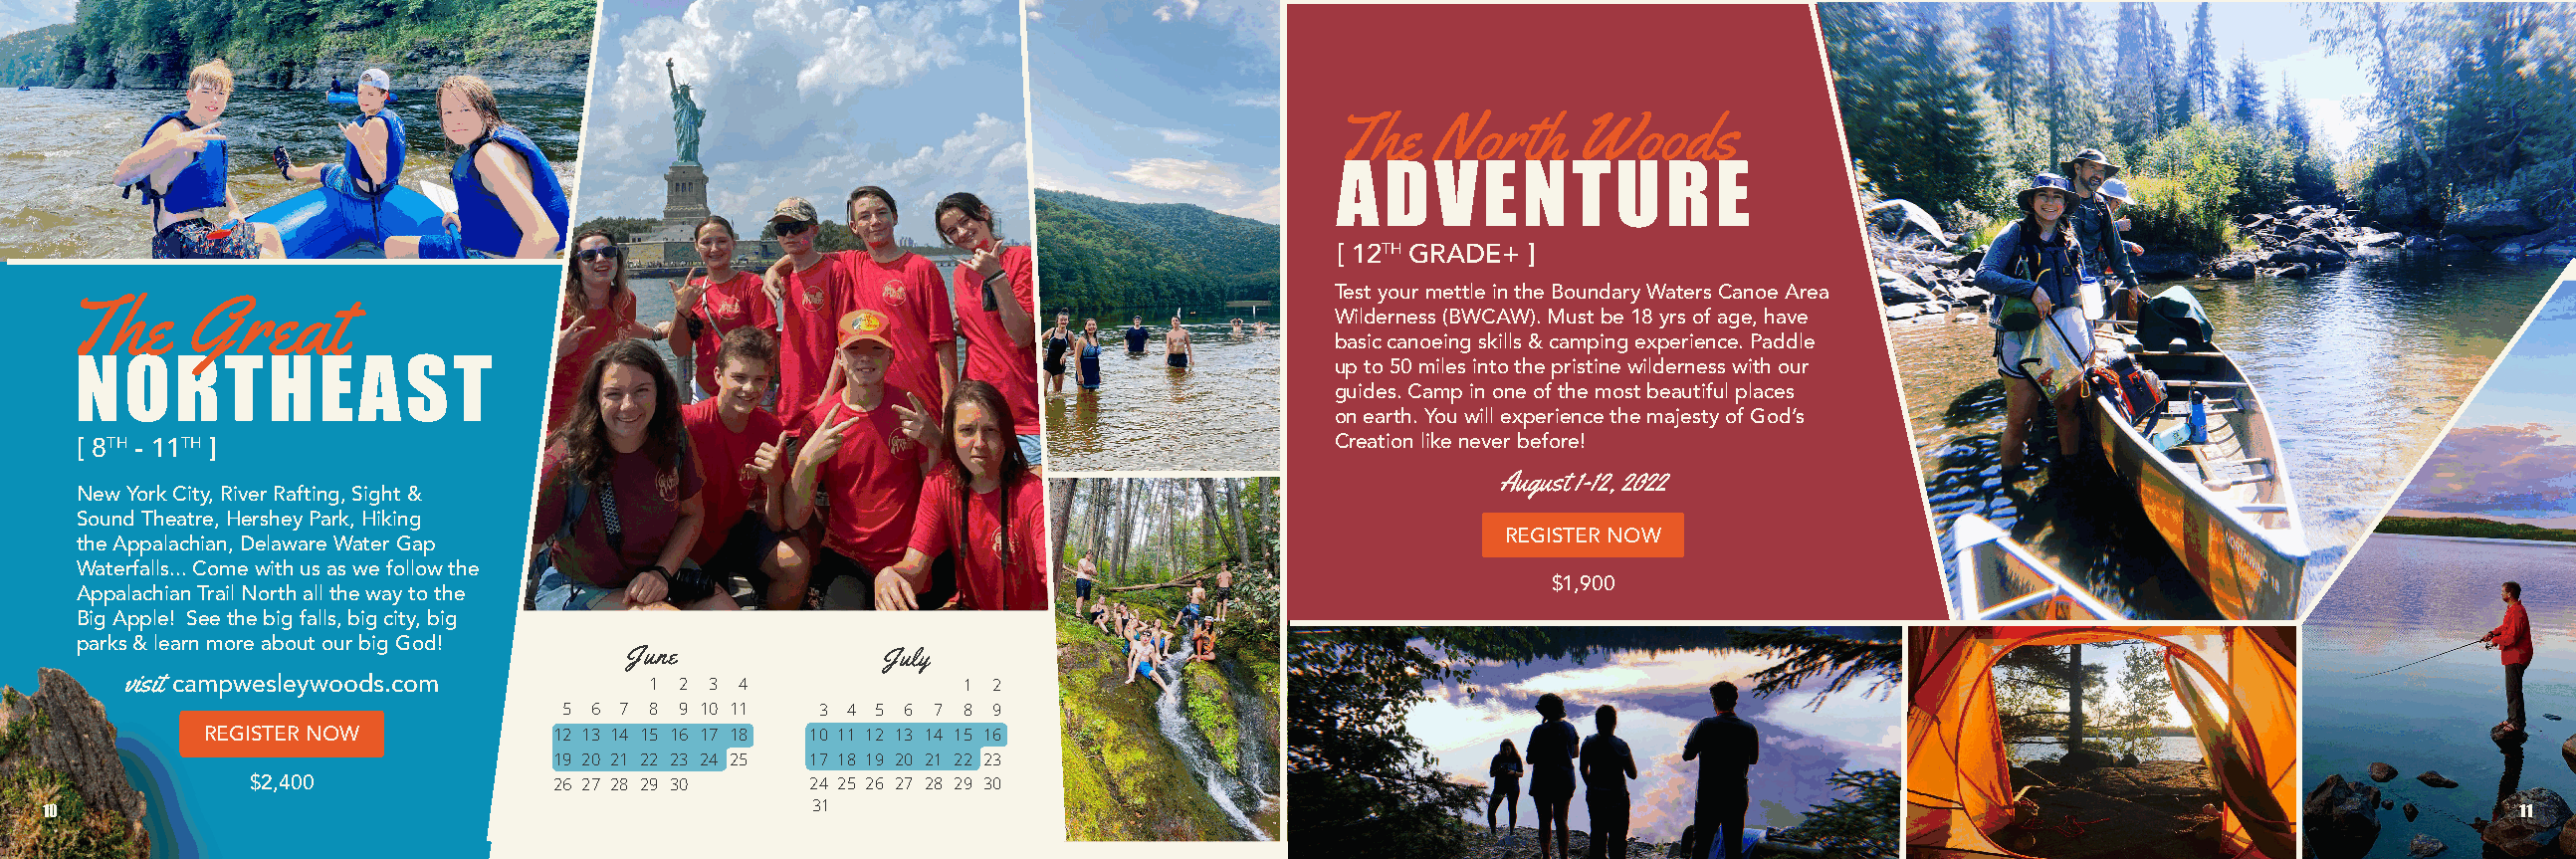
The   North     Woods
 ADVENTURE
 [ 12TH GRADE+ ]
 Test your mettle in the Boundary Waters Canoe Area
 The     Great
 Wilderness (BWCAW). Must be 18 yrs of age, have
 basic canoeing skills & camping experience. Paddle
 NORTHEAST                                                                           up to 50 miles into the pristine wilderness with our
 guides. Camp in one of the most beautiful places
 on earth. You will experience the majesty of God’s
 [ 8TH - 11TH ]                                                                      Creation like never before!
 August 1-12, 2022
 New York City, River Rafting, Sight &
 Sound Theatre, Hershey Park, Hiking
 REGISTER NOW
 the Appalachian, Delaware Water Gap
 Waterfalls... Come with us as we follow the
 $1,900
 Appalachian Trail North all the way to the
 Big Apple! See the big falls, big city, big
 parks & learn more about our big God!
 June             July
 visit campwesleywoods.com          1 2 3 4              1 2
 5 6 7 8 9 10 11  3 4 5 6 7 8 9
 REGISTER NOW           12 13 14 15 16 17 18 10 11 12 13 14 15 16
 19 20 21 22 23 24 25 17 18 19 20 21 22 23
 $2,400              26 27 28 29 30   24 25 26 27 28 29 30
 31
 10                                                                                                                                                                   1111111111